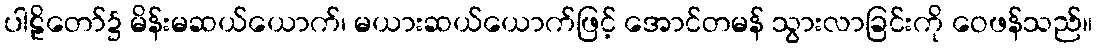
ပါဠိတော်၌ မိန်းမဆယ်ယောက်၊ မယားဆယ်ယောက်ဖြင့် အောင်တမန် သွားလာခြင်းကို ဝေဖန်သည်။